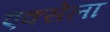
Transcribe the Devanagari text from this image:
एक्सेला